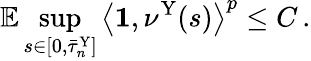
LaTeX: \mathbb{E}\operatorname*{sup}_{s\in[0,\bar{\tau}_{n}^{\mathrm{Y}}]}\left\langle\mathbf{1},\nu^{\mathrm{Y}}(s)\right\rangle^{p}\leq C\, .